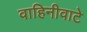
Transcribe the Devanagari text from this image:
वाहिनीवाटे